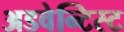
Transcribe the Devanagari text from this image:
अडवेन्टिस्ट